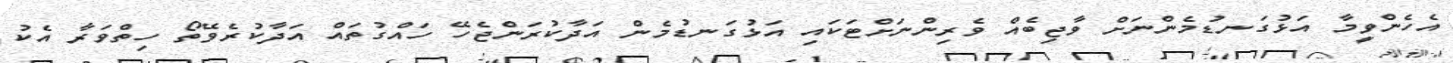
އެހެންވީމާ އަޅުގަނޑުމެންނަށް ވާޖިބެއް ވެރިންނަށްޓަކައި އަޅުގަނޑުމެން އަދާކުރަންޖެހޭ ހައްގުތައް އަދާކުރެވޭތޯ ހިތްވަރާ އެކު